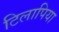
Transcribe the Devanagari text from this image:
टिलापिया